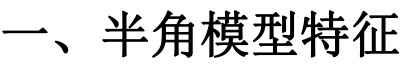
一、半角模型特征